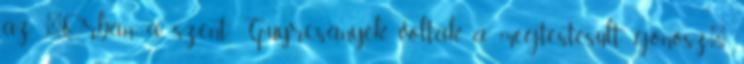
az "Orbán a szent, Guyrcsányék voltak a megtestesült gonosz"